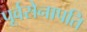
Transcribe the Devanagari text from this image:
पूर्वसेनापति